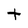
Character: t